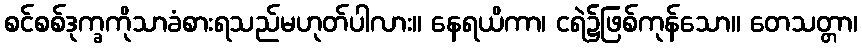
စင်စစ်ဒုက္ခကိုသာခံစားရသည်မဟုတ်ပါလား။ နေရယိကာ၊ ငရဲ၌ဖြစ်ကုန်သော။ တေသတ္တာ၊